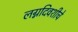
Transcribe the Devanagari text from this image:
लग्नदिवशीचे